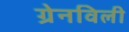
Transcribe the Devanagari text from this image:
ग्रेनविली